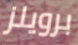
برويلز